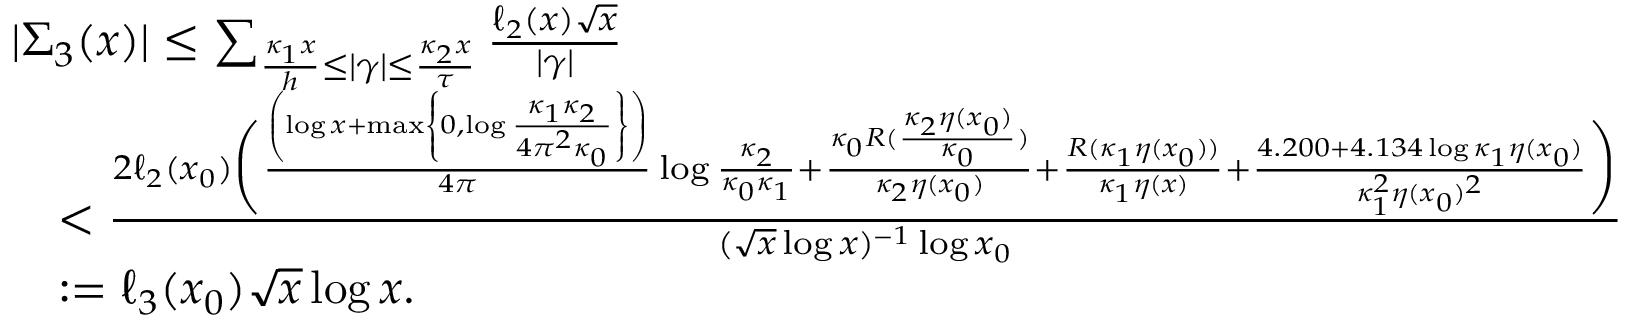
\begin{array} { r l } & { | \Sigma _ { 3 } ( x ) | \leq \sum _ { \frac { \kappa _ { 1 } x } { h } \leq | \gamma | \leq \frac { \kappa _ { 2 } x } { \tau } } \frac { \ell _ { 2 } ( x ) \sqrt { x } } { | \gamma | } } \\ & { \quad < \frac { 2 \ell _ { 2 } ( x _ { 0 } ) \bigg ( \frac { \left( \log { x } + \operatorname* { m a x } \left\{ 0 , \log { \frac { \kappa _ { 1 } \kappa _ { 2 } } { 4 \pi ^ { 2 } \kappa _ { 0 } } } \right\} \right) } { 4 \pi } \log { \frac { \kappa _ { 2 } } { \kappa _ { 0 } \kappa _ { 1 } } } + \frac { \kappa _ { 0 } R ( \frac { \kappa _ { 2 } \eta ( x _ { 0 } ) } { \kappa _ { 0 } } ) } { \kappa _ { 2 } \eta ( x _ { 0 } ) } + \frac { R ( \kappa _ { 1 } \eta ( x _ { 0 } ) ) } { \kappa _ { 1 } \eta ( x ) } + \frac { 4 . 2 0 0 + 4 . 1 3 4 \log { \kappa _ { 1 } \eta ( x _ { 0 } ) } } { \kappa _ { 1 } ^ { 2 } \eta ( x _ { 0 } ) ^ { 2 } } \bigg ) } { ( \sqrt { x } \log { x } ) ^ { - 1 } \log { x _ { 0 } } } } \\ & { \quad : = \ell _ { 3 } ( x _ { 0 } ) \sqrt { x } \log { x } . } \end{array}